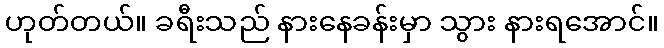
ဟုတ်တယ်။ ခရီးသည် နားနေခန်းမှာ သွား နားရအောင်။